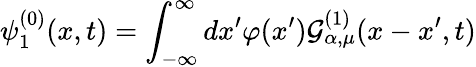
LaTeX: \psi_{1}^{(0)}(x,t)=\int_{-\infty}^{\infty}dx^{\prime}\varphi(x^{\prime}){\cal{G}}_{\alpha,\mu}^{(1)}(x-x^{\prime},t)